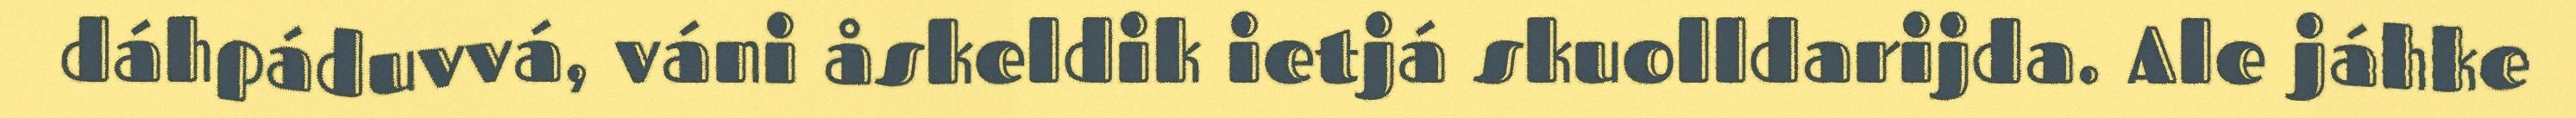
dáhpáduvvá, váni åskeldik ietjá skuolldarijda. Ale jáhke